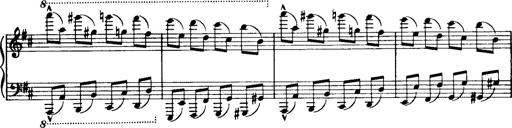
Title: Historische ungarische Bildnisse
Composer: Franz Liszt